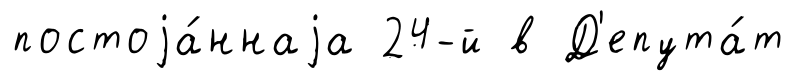
постоjа́ннаjа 24-й в Д'епута́т